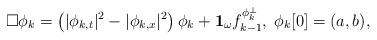
LaTeX: \begin{align*} \Box \phi_k= \left(|\phi_{k, t}|^2- |\phi_{k, x}|^2\right) \phi_{k}+ \mathbf{1}_{\omega} f_{k-1}^{\phi^{\perp}_k}, \; \phi_k[0]= (a, b),\end{align*}